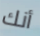
أنك